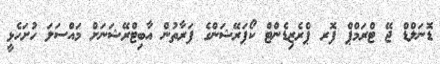
ޑޮނަލްޑް ޖޭ ޓްރަމްޕް ފޮރ ޕްރެޒިޑެންޓް ކޯޕަރޭޝަންގެ ފަރާތުން އާބިޓްރޭޝަނަށް މައްސަލަ ހުށަހެޅީ